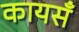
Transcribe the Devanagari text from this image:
कायसँ